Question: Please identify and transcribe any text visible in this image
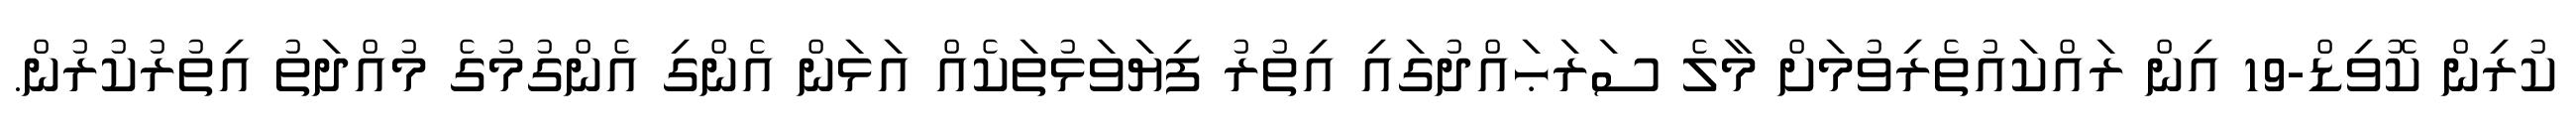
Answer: ކުރިން ކޮވިޑް-19 އިން ރައްކައުތެރިވުމަށް މާލެ ސަރަޙައްދުގައި އިތުރު ފިޔަވަޅުތަކެއް އަޅަން އެންގި އެންގުމުގެ މުއްދަތު އިތުރުކުރުން.